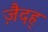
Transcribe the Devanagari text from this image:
ज़ैदह्